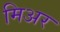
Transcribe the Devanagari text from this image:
मिअर